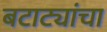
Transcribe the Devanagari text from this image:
बटाट्यांचा